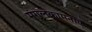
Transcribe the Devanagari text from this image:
मंगलकामनाएँ